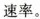
速率。